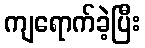
ကျရောက်ခဲ့ပြီး